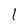
Character: 1